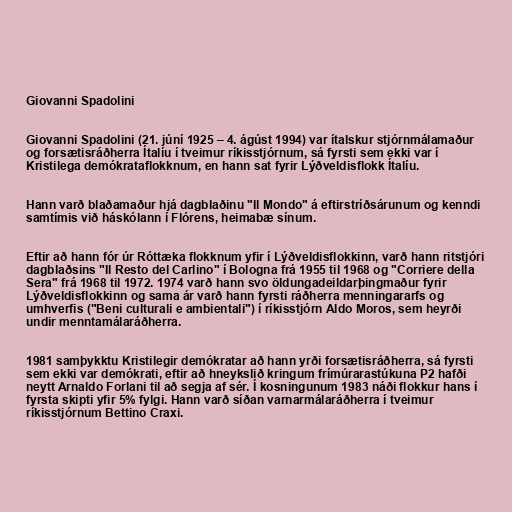
Giovanni Spadolini

Giovanni Spadolini (21. júní 1925 – 4. ágúst 1994) var ítalskur stjórnmálamaður
og forsætisráðherra Ítalíu í tveimur ríkisstjórnum, sá fyrsti sem ekki var í
Kristilega demókrataflokknum, en hann sat fyrir Lýðveldisflokk Ítalíu.

Hann varð blaðamaður hjá dagblaðinu "Il Mondo" á eftirstríðsárunum og kenndi
samtímis við háskólann í Flórens, heimabæ sínum.

Eftir að hann fór úr Róttæka flokknum yfir í Lýðveldisflokkinn, varð hann ritstjóri
dagblaðsins "Il Resto del Carlino" í Bologna frá 1955 til 1968 og "Corriere della
Sera" frá 1968 til 1972. 1974 varð hann svo öldungadeildarþingmaður fyrir
Lýðveldisflokkinn og sama ár varð hann fyrsti ráðherra menningararfs og
umhverfis ("Beni culturali e ambientali") í ríkisstjórn Aldo Moros, sem heyrði
undir menntamálaráðherra.

1981 samþykktu Kristilegir demókratar að hann yrði forsætisráðherra, sá fyrsti
sem ekki var demókrati, eftir að hneykslið kringum frímúrarastúkuna P2 hafði
neytt Arnaldo Forlani til að segja af sér. Í kosningunum 1983 náði flokkur hans í
fyrsta skipti yfir 5% fylgi. Hann varð síðan varnarmálaráðherra í tveimur
ríkisstjórnum Bettino Craxi.